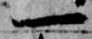
一